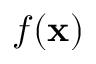
f ( \mathbf { x } )